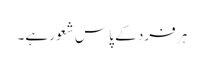
ہر فرد کے پاس شعور ہے۔